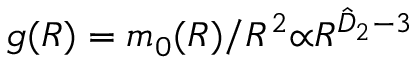
g ( R ) = m _ { 0 } ( R ) / R ^ { 2 } { \propto } R ^ { \hat { D } _ { 2 } - { 3 } }